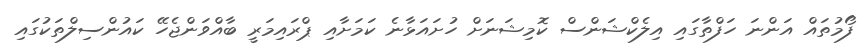
ފޯމުތައް އަންނަ ހަފްތާގައި އިލެކްޝަންސް ކޮމިޝަނަށް ހުށައަޅާނެ ކަމަށާއި ޕްރައިމަރީ ބާއްވަންޖެހޭ ކައުންސިލްތަކުގައި